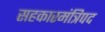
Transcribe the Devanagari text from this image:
सहकारमंत्रिपद